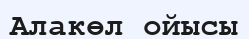
Алакөл ойысы